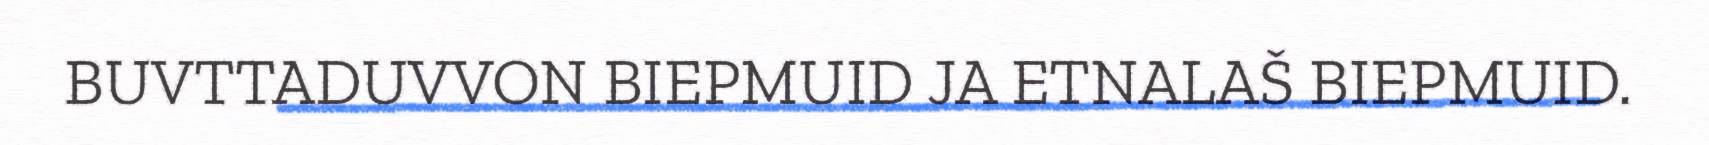
BUVTTADUVVON BIEPMUID JA ETNALAŠ BIEPMUID.